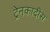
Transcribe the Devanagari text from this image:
ट्रेनकादीस